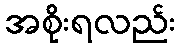
အစိုးရလည်း